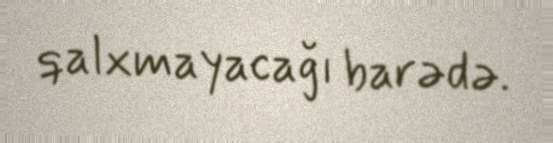
qalxmayacağı barədə.